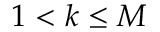
1 < k \le M